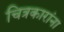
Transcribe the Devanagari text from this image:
चित्रकारांना